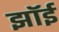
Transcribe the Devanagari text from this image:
झॉई